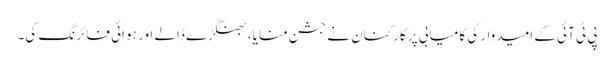
پی ٹی آئی کے امیدوار کی کامیابی پر کارکنان نے جشن منایا، بھنگڑے ڈالے اور ہوائی فائرنگ کی۔